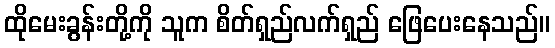
ထိုမေးခွန်းတို့ကို သူက စိတ်ရှည်လက်ရှည် ဖြေပေးနေသည်။